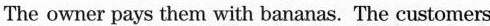
The owner pays them with bananas. The customers